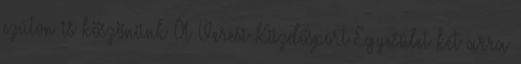
ezúton is köszönünk A Veresi Küzdősport Egyesület két arra